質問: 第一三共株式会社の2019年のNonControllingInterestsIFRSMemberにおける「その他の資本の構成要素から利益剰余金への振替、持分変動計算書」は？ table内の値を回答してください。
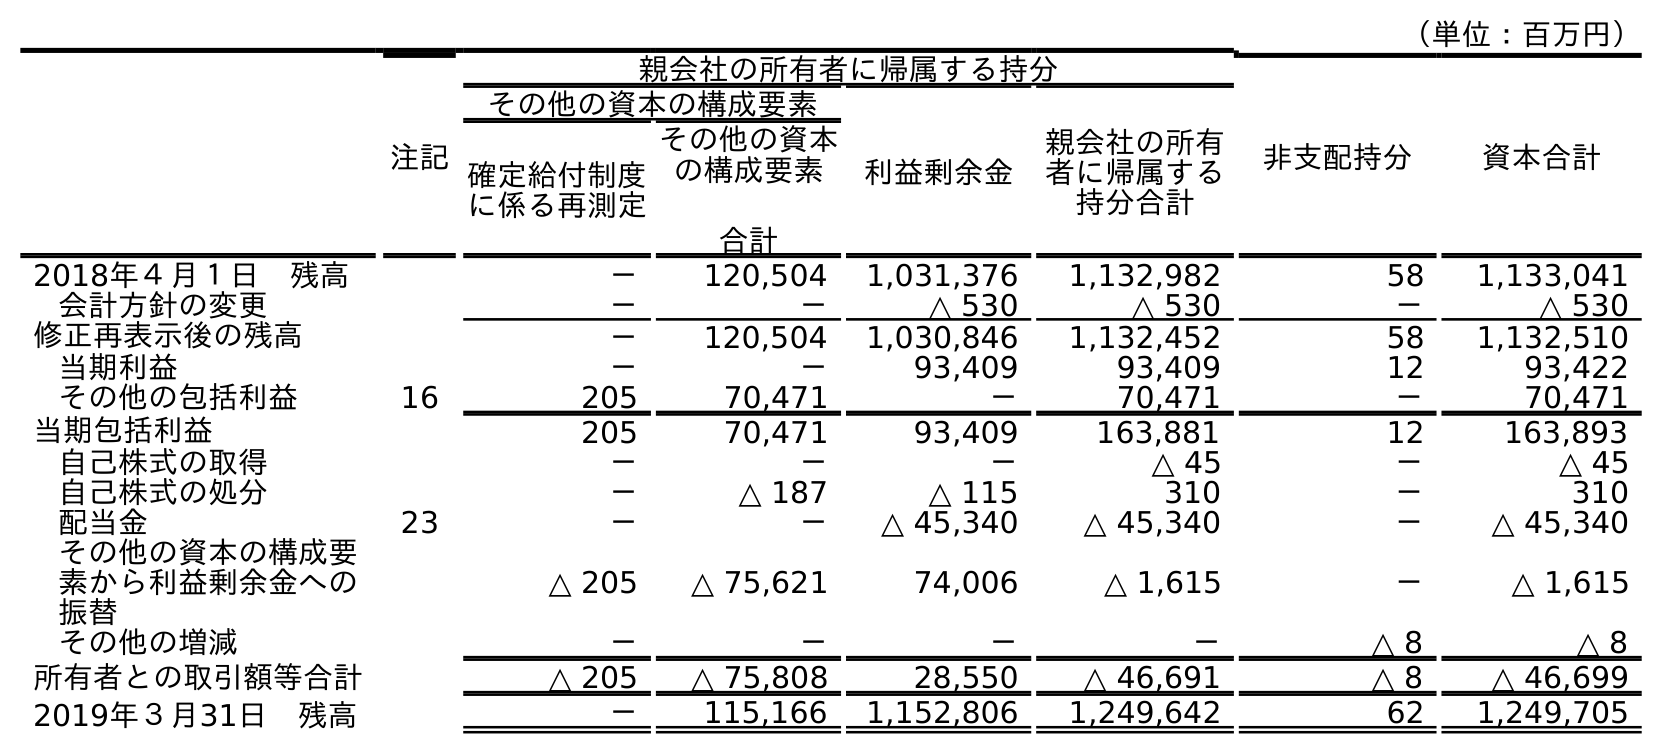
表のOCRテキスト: （単位：百万円） 注記 親会社の所有者に帰属する持分 非支配持分 資本合計 その他の資本の構成要素 利益剰余金 親会社の所有 者に帰属する 持分合計 確定給付制度 に係る再測定 その他の資本 の構成要素 合計 2018年４月１日 残高 － 120,504 1,031,376 1,132,982 58 1,133,041 会計方針の変更 － － △ 530 △ 530 － △ 530 修正再表示後の残高 － 120,504 1,030,846 1,132,452 58 1,132,510 当期利益 － － 93,409 93,409 12 93,422 その他の包括利益 16 205 70,471 － 70,471 － 70,471 当期包括利益 205 70,471 93,409 163,881 12 163,893 自己株式の取得 － － － △ 45 － △ 45 自己株式の処分 － △ 187 △ 115 310 － 310 配当金 23 － － △ 45,340 △ 45,340 － △ 45,340 その他の資本の構成要 素から利益剰余金への 振替 △ 205 △ 75,621 74,006 △ 1,615 － △ 1,615 その他の増減 － － － － △ 8 △ 8 所有者との取引額等合計 △ 205 △ 75,808 28,550 △ 46,691 △ 8 △ 46,699 2019年３月31日 残高 － 115,166 1,152,806 1,249,642 62 1,249,705
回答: －